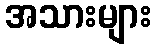
အသားများ